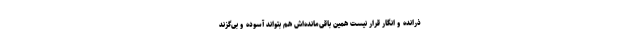
ذرانده و انگار قرار نیست همین باقی‌مانده‌اش هم بتواند آسوده و بی‌گزند